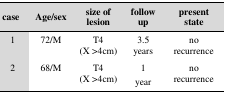
<table><thead><tr><td><b>case</b></td><td><b>Age/sex</b></td><td><b>size of lesion</b></td><td><b>follow up</b></td><td><b>present state</b></td></tr></thead><tbody><tr><td><b>1</b></td><td>72/M</td><td>T4 (X &gt;4cm)</td><td>3.5 years</td><td>no recurrence</td></tr><tr><td><b>2</b></td><td>68/M</td><td>T4 (X &gt;4cm)</td><td>1 year</td><td>no recurrence</td></tr></tbody></table>